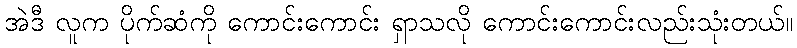
အဲဒီ လူက ပိုက်ဆံကို ကောင်းကောင်း ရှာသလို ကောင်းကောင်းလည်းသုံးတယ်။